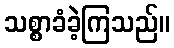
သစ္စာခံခဲ့ကြသည်။